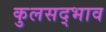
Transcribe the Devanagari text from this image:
कुलसद्भाव